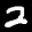
Label: 2